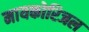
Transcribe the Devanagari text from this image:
मायकोरिजल